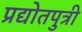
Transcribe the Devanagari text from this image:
प्रद्योतपुत्री